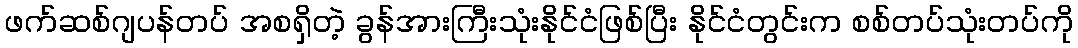
ဖက်ဆစ်ဂျပန်တပ် အစရှိတဲ့ ခွန်အားကြီးသုံးနိုင်ငံဖြစ်ပြီး နိုင်ငံတွင်းက စစ်တပ်သုံးတပ်ကို